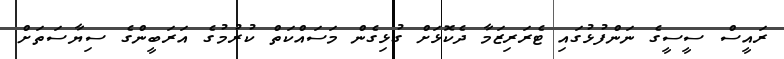
ރައީސް ސީސީގެ ނަންފުޅުގައި ޓެރަރިޒަމާ ދެކޮޅަށް ގުޅިގެން މަސައްކަތް ކުރުމުގެ އަރަބީންގެ ސިޔާސަތަށް